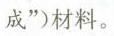
成”）材料。